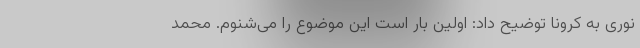
نوری به کرونا توضیح داد: اولین بار است این موضوع را می‌شنوم. محمد